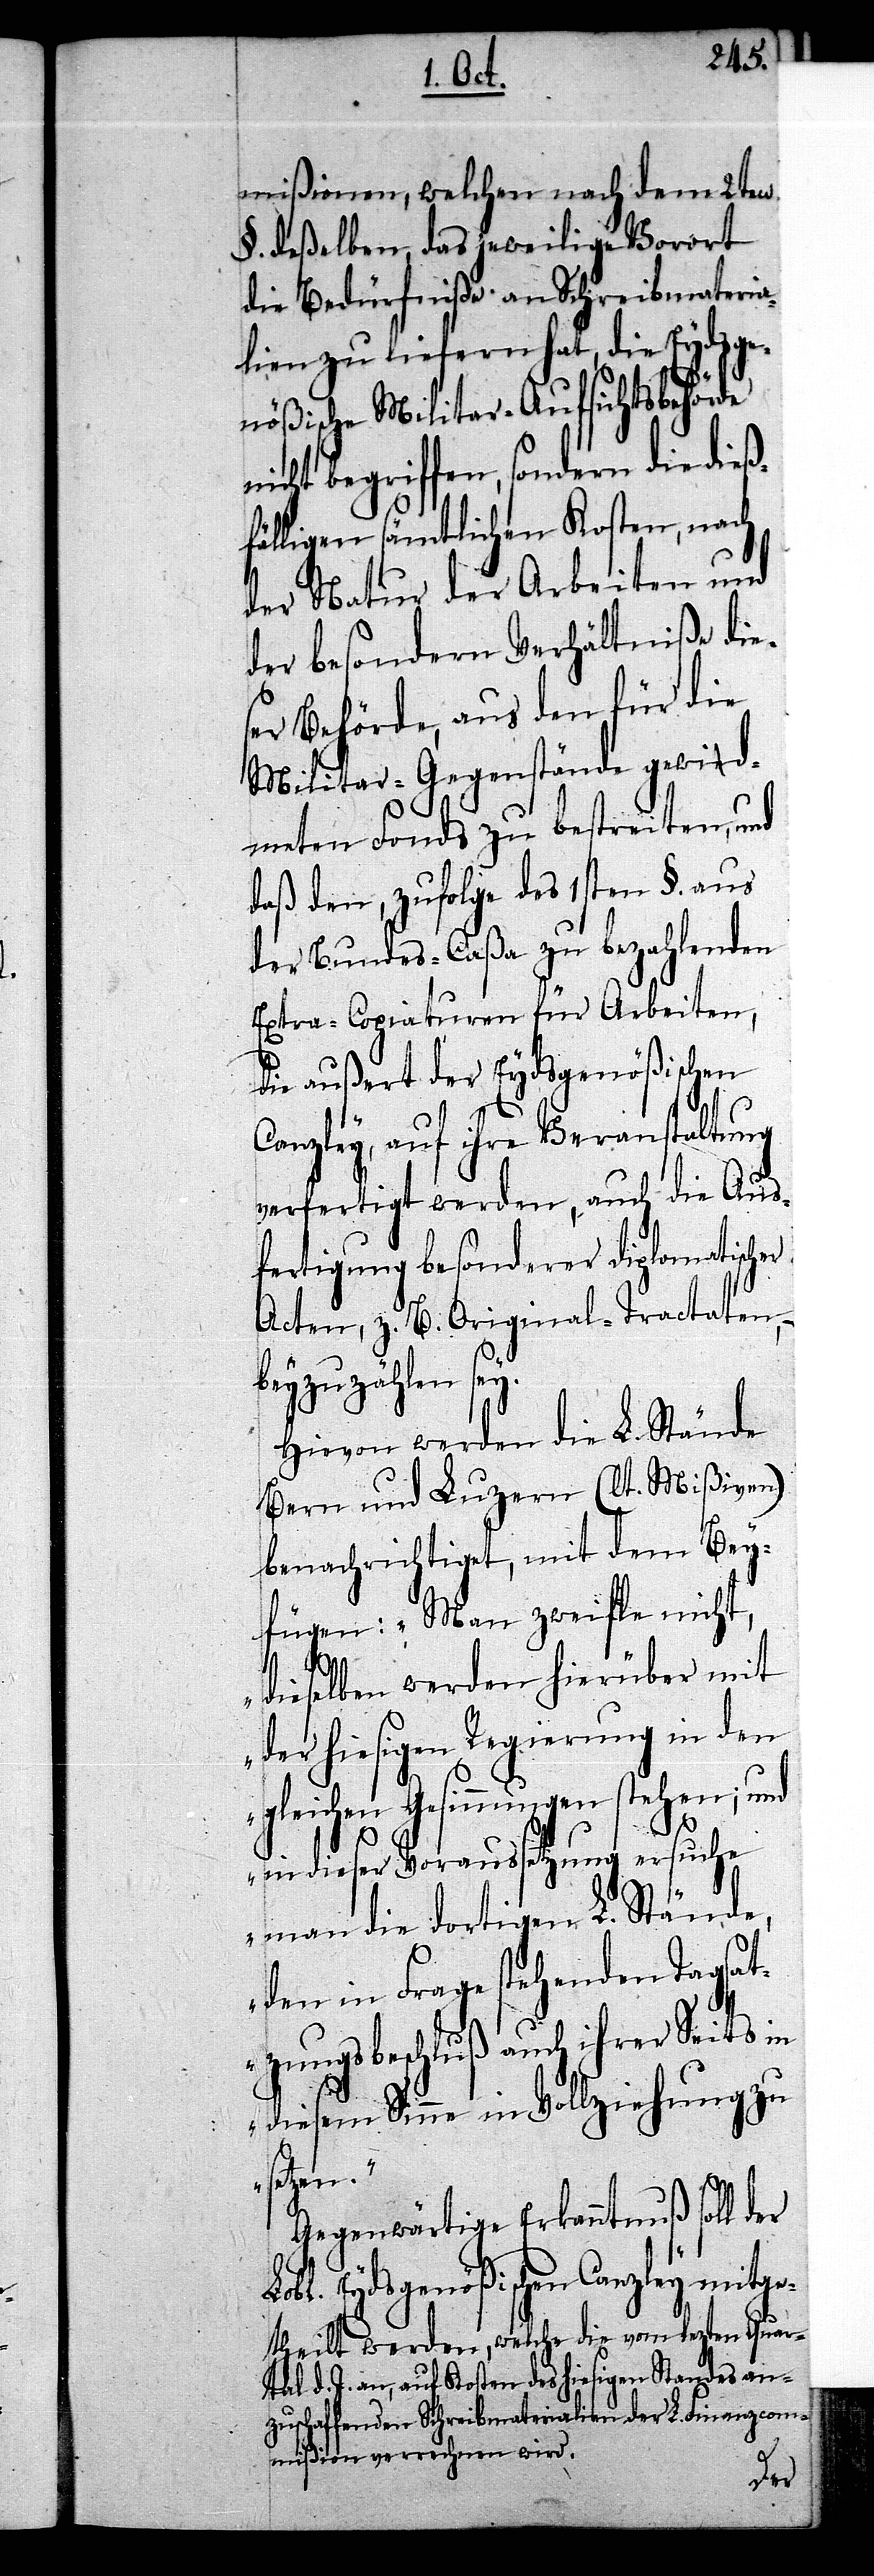
mißionen, welchen nach dem 2ten
§. deßelben, das jeweilige Vorort
die Bedürfniße an Schreibmateria¬
lien zu liefern hat, die Eydsge¬
nößische Militar-Aufsichtsbehörde
nicht begriffen, sondern die dieß¬
fälligen sämtlichen Kosten, nach
der Natur der Arbeiten und
der besondern Verhältniße die¬
ser Behörde, aus den für die
Militar-Gegenstände gewid¬
meten Fonds zu bestreiten, und
daß den, zufolge des 1sten §. aus
der Bundes-Caßa zu bezahlenden
Extra-Copiaturen für Arbeiten,
die außert der Eydsgenößischen
Canzley, auf ihre Veranstaltung
verfertigt werden, auch die Aus¬
fertigung besonderer diplomatischer
Acten, z. B. Original-Tractaten,
beyzuzählen sey.
Hievon werden die L. Stände
Bern und Luzern (lt. Mißiven)
benachrichtiget, mit dem Bey¬
fügen: „Man zweifle nicht,
dieselben werden hierüber mit
der hiesigen Regierung in den
gleichen Gesinnungen stehen; und
in dieser Voraussetzung ersuche
man die dortigen L. Stände,
den in Frage stehenden Tagsat¬
zungsbeschluß auch ihrer Seits in
diesem Sinne in Vollziehung zu
setzen.“
Gegenwärtige Erkanntnuß soll der
Lobl. Eydsgenößischen Canzley mitge¬
theilt werden, welche die vom lezten Quar¬
tal d. J. an, auf Kosten des hiesigen Standes an¬
zuschaffenden Schreibmaterialien der L. Finanzcom¬
mißion verrechnen wird.